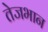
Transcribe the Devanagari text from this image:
तेजभान